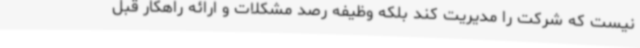
نیست که شرکت را مدیریت کند بلکه وظیفه رصد مشکلات و ارائه راهکار قبل